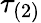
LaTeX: \tau_{(2)}